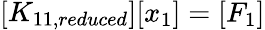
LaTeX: {\left[\begin{array}{l}{K_{11,reduced}}\end{array}\right]}{\left[\begin{array}{l}{x_{1}}\end{array}\right]}={\left[\begin{array}{l}{F_{1}}\end{array}\right]}